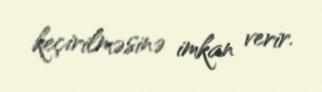
keçirilməsinə imkan verir.